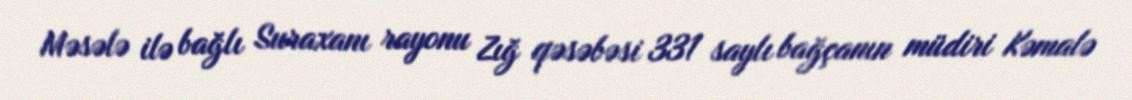
Məsələ ilə bağlı Suraxanı rayonu Zığ qəsəbəsi 331 saylı bağçanın müdiri Kəmalə